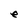
Character: e